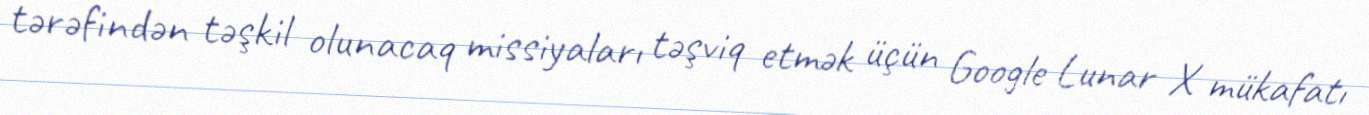
tərəfindən təşkil olunacaq missiyaları təşviq etmək üçün Google Lunar X mükafatı